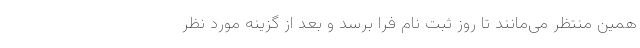
همین منتظر می‌مانند تا روز ثبت نام فرا برسد و بعد از گزینه مورد نظر